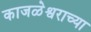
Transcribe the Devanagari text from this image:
काजळेश्वराच्या